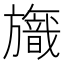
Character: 𣄞